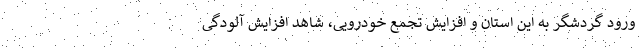
ورود گردشگر به این استان و افزایش تجمع خودرویی، شاهد افزایش آلودگی